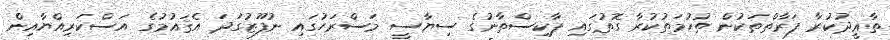
ތާޢީދުކުރާ ފަރާތްތަކުން ތުހުމަތުކުރާ ގޮތުގައި ޕާކިސްތާނުގެ ސިޔާސީ މަސްރަހުގައި ނުފޫޒުގަދަ އެޤައުމުގެ އަސްކަރިއްޔާއިން